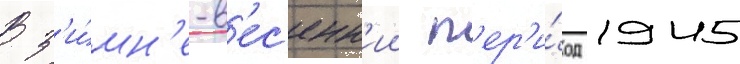
В з'и́мн'е-в'ес'енн'ии п'ер'и́од 1945